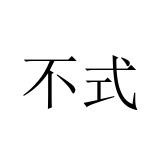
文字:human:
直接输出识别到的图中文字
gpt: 不式